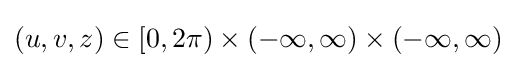
(u,v,z)\in [0,2\pi )\times (-\infty ,\infty )\times (-\infty ,\infty )